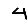
Digit: 4